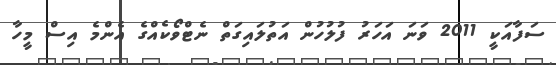
ސަފާއަކީ 2011 ވަނަ އަހަރު ފުލުހުން އަތުލައިގަތް ނެޓްވޯކެއްގެ އެންމެ އިސް މީހާ